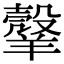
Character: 𦎼